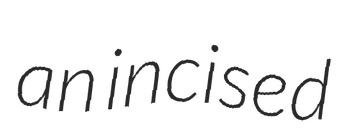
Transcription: an incised